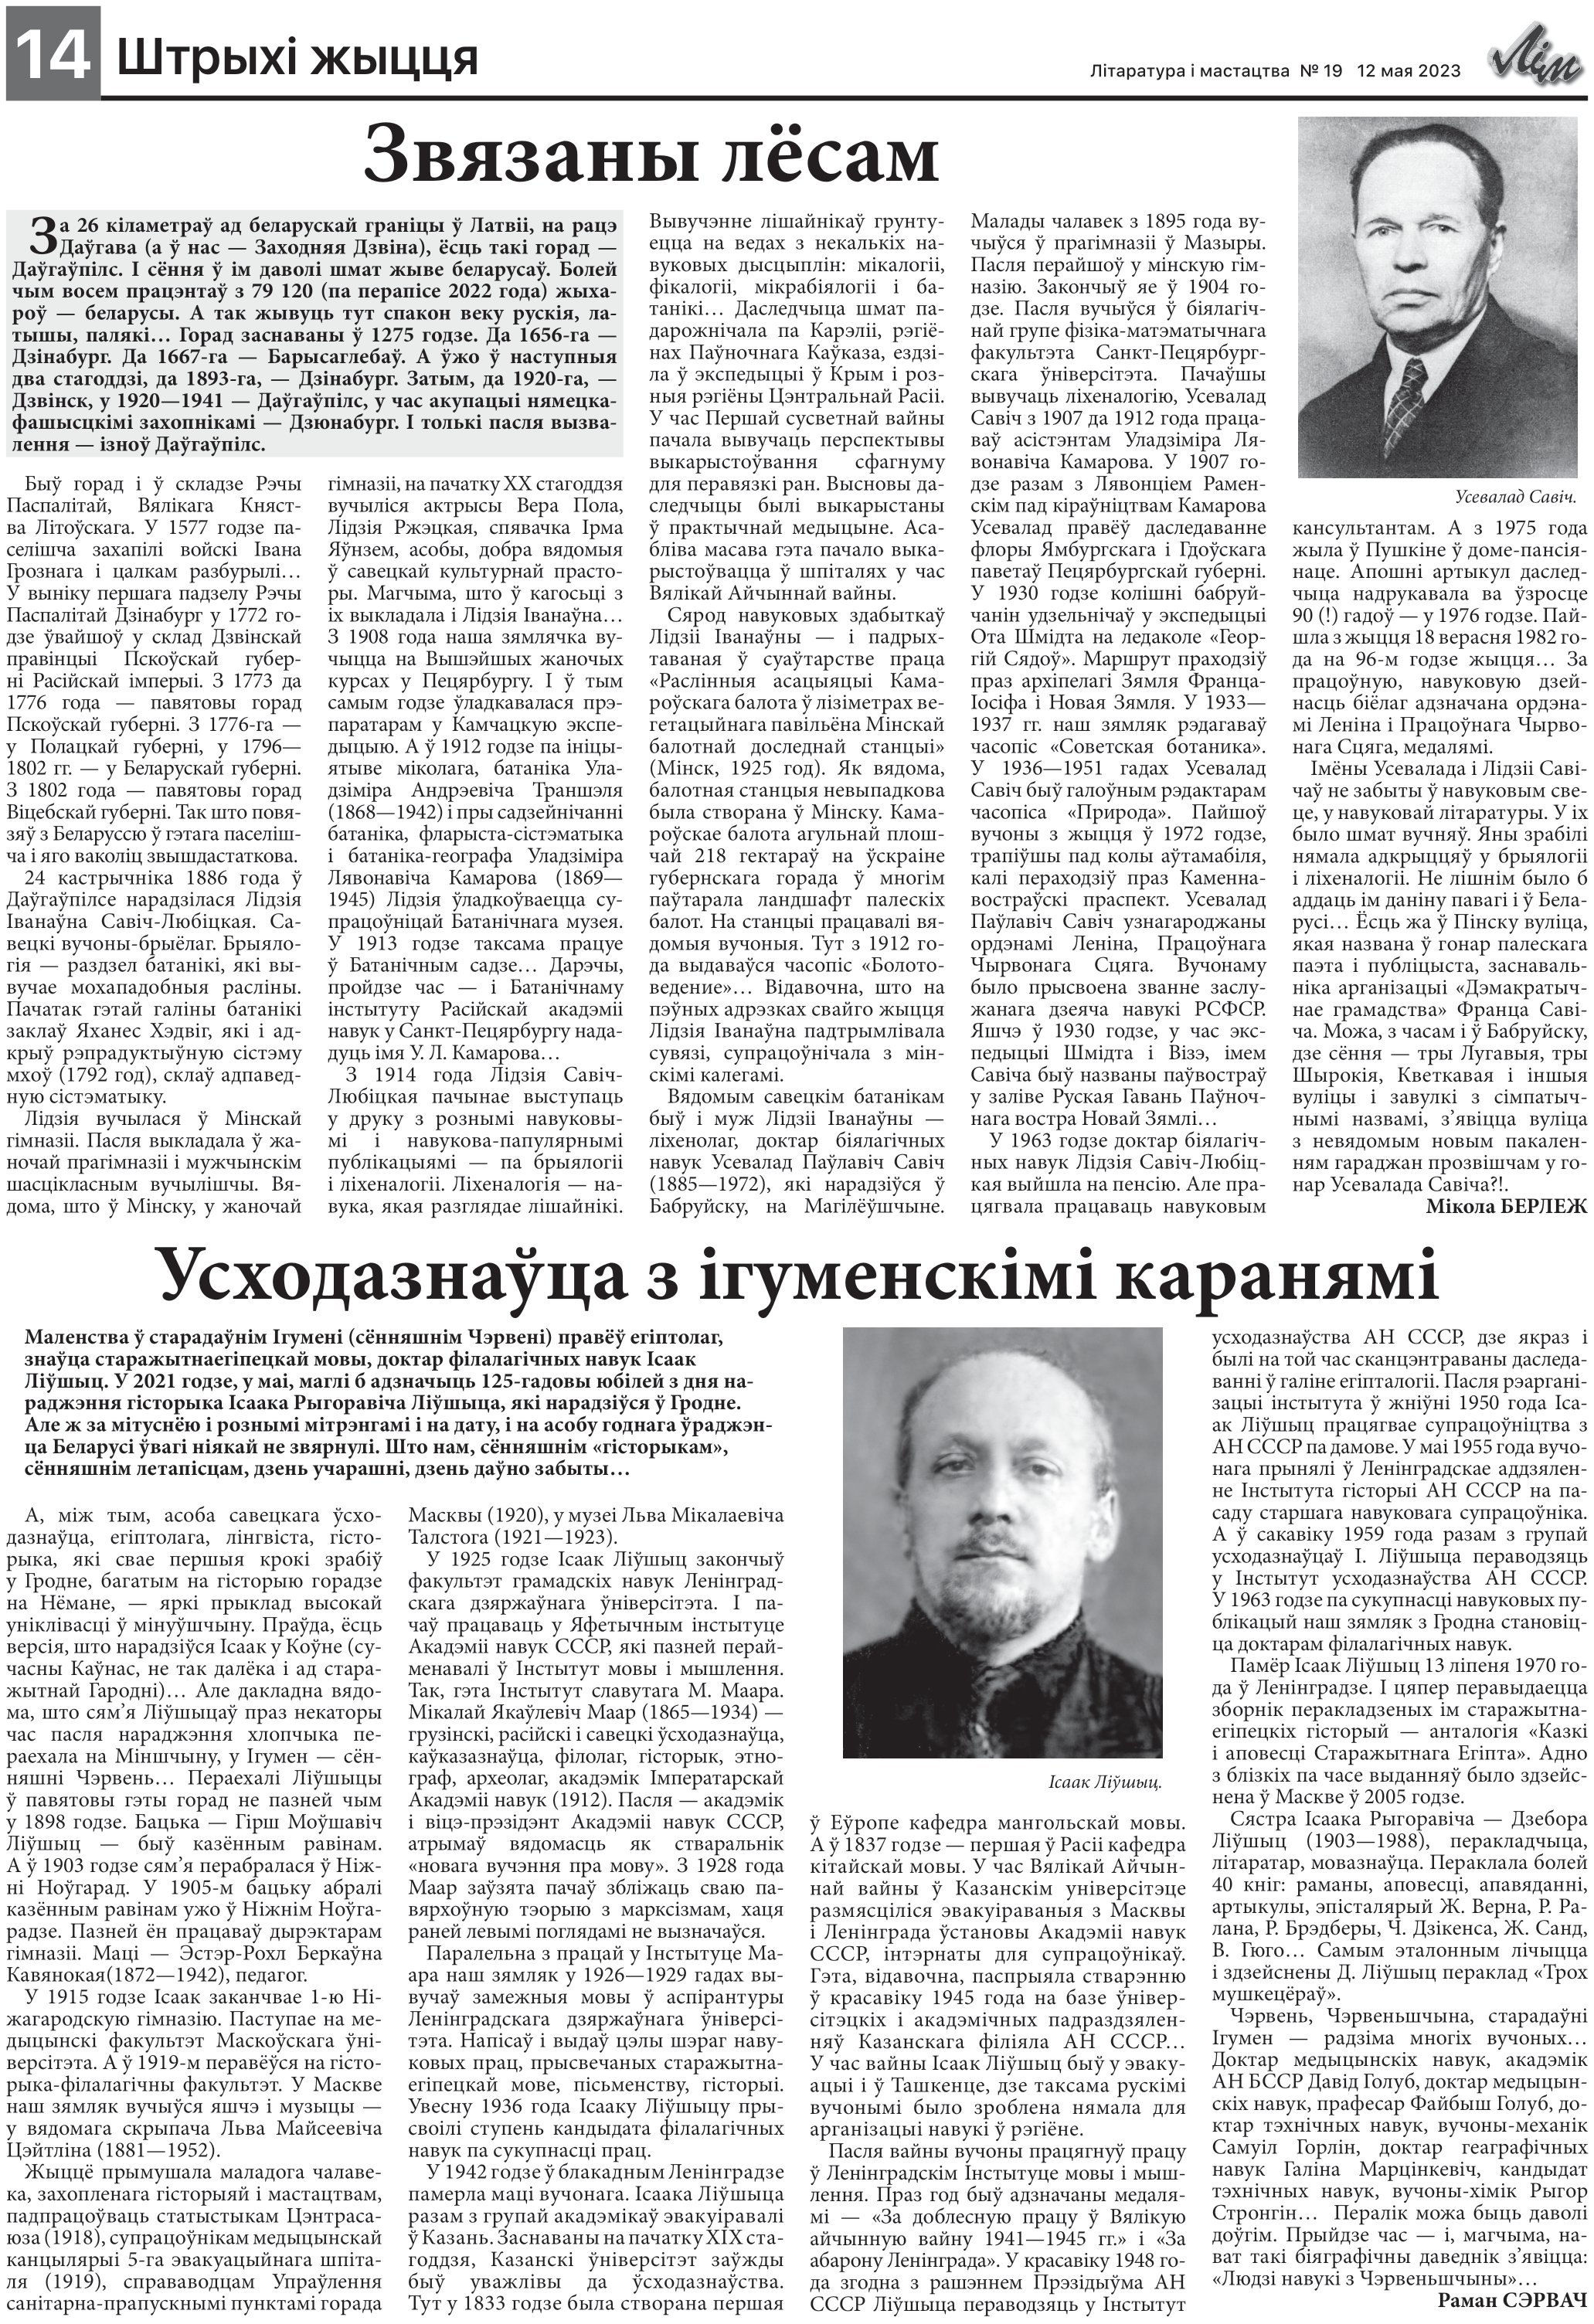
Language: be